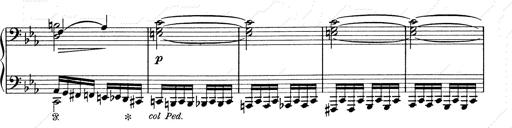
Title: 6 Polish Songs
Composer: Franz Liszt